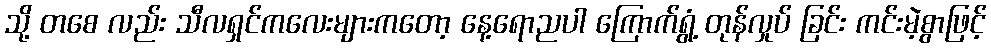
သို့ တစေ လည်း သီလရှင်ကလေးများကတော့ နေ့ရောညပါ ကြောက်ရွံ့ တုန်လှုပ် ခြင်း ကင်းမဲ့စွာဖြင့်